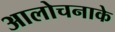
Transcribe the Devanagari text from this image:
आलोचनाके